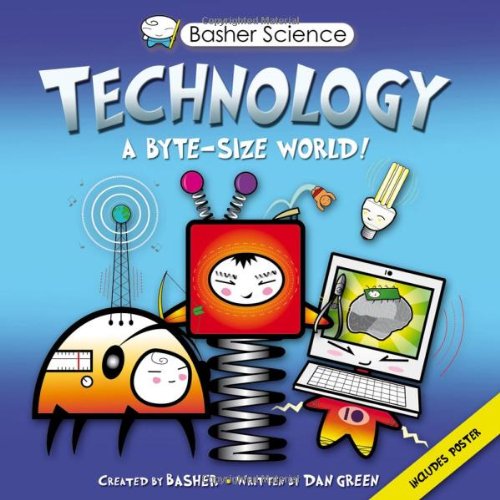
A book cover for Basher Science: Technology: A byte-sized world!; Simon Basher; Children's Books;